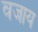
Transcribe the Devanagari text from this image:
वजाय